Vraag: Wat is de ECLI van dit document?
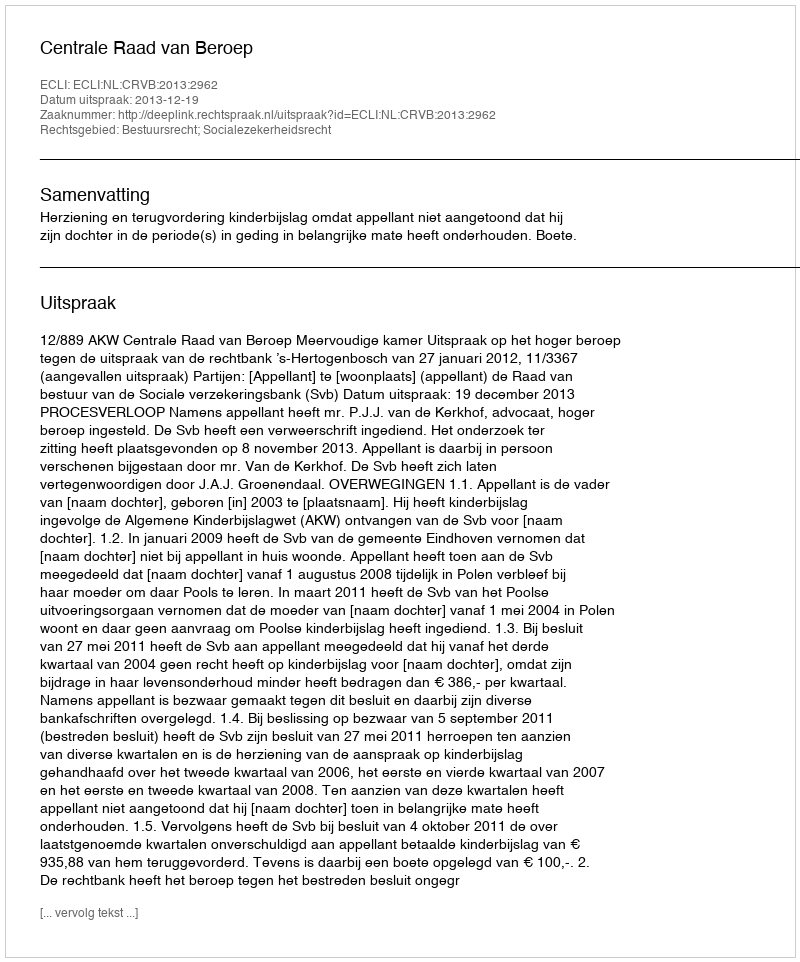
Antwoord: ECLI:NL:CRVB:2013:2962